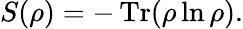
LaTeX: S(\rho)=-\operatorname{Tr}(\rho\ln\rho).